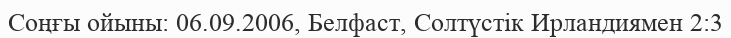
Соңғы ойыны: 06.09.2006, Белфаст, Солтүстік Ирландиямен 2:3